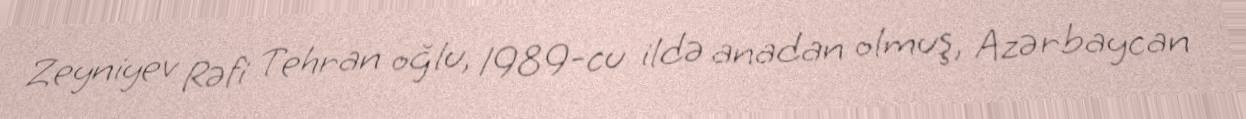
Zeyniyev Rəfi Tehran oğlu, 1989-cu ildə anadan olmuş, Azərbaycan